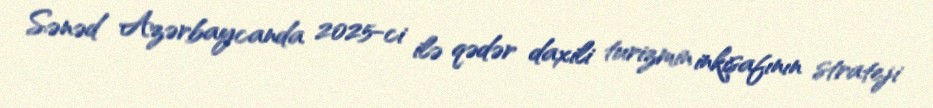
Sənəd Azərbaycanda 2025-ci ilə qədər daxili turizmin inkişafının strateji